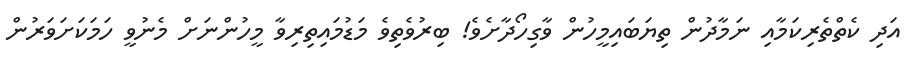
އަދި ކެތްތެރިކަމާއި ނަމާދުން ތިޔަބައިމީހުން ވާގިހޯދާށެވެ! ބިރުވެތިވެ މަޑުމައިތިރިވާ މީހުންނަށް މެނުވީ ހަމަކަށަވަރުން